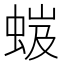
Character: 𧋏